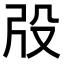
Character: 𣪃